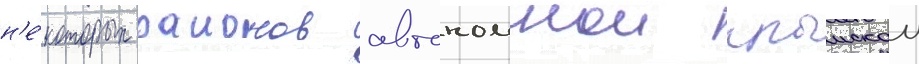
н'е́которых раионов автономнои крымскои